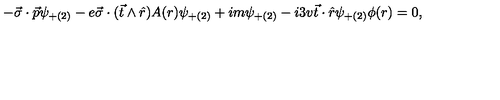
- \vec { \sigma } \cdot \vec { p } \psi _ { + ( 2 ) } - e \vec { \sigma } \cdot ( \vec { t } \wedge \hat { r } ) A ( r ) \psi _ { + ( 2 ) } + i m \psi _ { + ( 2 ) } - i 3 v \vec { t } \cdot \hat { r } \psi _ { + ( 2 ) } \phi ( r ) = 0 ,